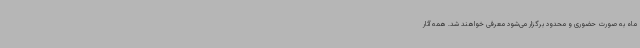
ماه به صورت حضوری و محدود برگزار می‌شود معرفی خواهند شد. همه آثار